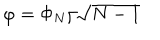
\varphi = \Phi _ { N } / \sqrt { N - 1 }